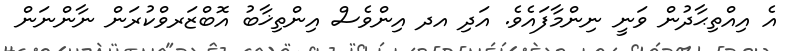
އެ އިއްތިޙާދުން ވަނީ ނިންމާފައެވެ. އަދި އދ އިންވެސް އިންތިޚާބު އޮބްޒަރވްކުރަން ނާންނަން